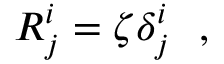
R _ { j } ^ { i } = \zeta \delta _ { j } ^ { i } \ \ ,